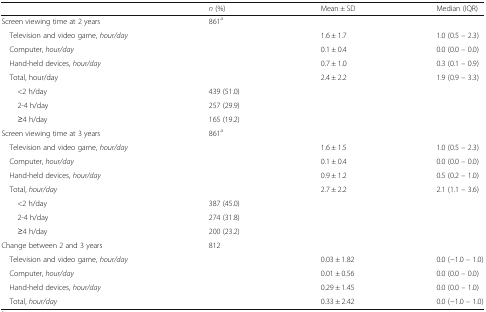
|  | n (%) | Mean ± SD | Median (IQR) |
 | --- | --- | --- | --- |
 | Screen viewing time at 2 years | 861a |  |  |
 | Television and video game, hour/day |  | 1.6 ± 1.7 | 1.0 (0.5 – 2.3) |
 | Computer, hour/day |  | 0.1 ± 0.4 | 0.0 (0.0 – 0.0) |
 | Hand-held devices, hour/day |  | 0.7 ± 1.0 | 0.3 (0.1 – 0.9) |
 | Total, hour/day |  | 2.4 ± 2.2 | 1.9 (0.9 – 3.3) |
 | <2 h/day | 439 (51.0) |  |  |
 | 2-4 h/day | 257 (29.9) |  |  |
 | ≥4 h/day | 165 (19.2) |  |  |
 | Screen viewing time at 3 years | 861a |  |  |
 | Television and video game, hour/day |  | 1.6 ± 1.5 | 1.0 (0.5 – 2.3) |
 | Computer, hour/day |  | 0.1 ± 0.4 | 0.0 (0.0 – 0.0) |
 | Hand-held devices, hour/day |  | 0.9 ± 1.2 | 0.5 (0.2 – 1.0) |
 | Total, hour/day |  | 2.7 ± 2.2 | 2.1 (1.1 – 3.6) |
 | <2 h/day | 387 (45.0) |  |  |
 | 2-4 h/day | 274 (31.8) |  |  |
 | ≥4 h/day | 200 (23.2) |  |  |
 | Change between 2 and 3 years | 812 |  |  |
 | Television and video game, hour/day |  | 0.03 ± 1.82 | 0.0 (−1.0 – 1.0) |
 | Computer, hour/day |  | 0.01 ± 0.56 | 0.0 (0.0 – 0.0) |
 | Hand-held devices, hour/day |  | 0.29 ± 1.45 | 0.0 (0.0 – 1.0) |
 | Total, hour/day |  | 0.33 ± 2.42 | 0.0 (−1.0 – 1.0) |